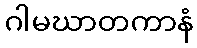
ဂါမဃာတကာနံ